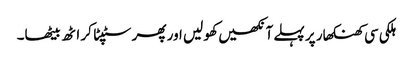
ہلکی سی کھنکھار پر پہلے آنکھیں کھو لیں اور پھر سٹپٹا کر اٹھ بیٹھا۔